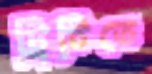
ট্রিটিতে